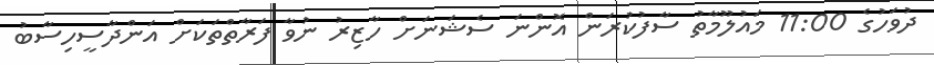
ދުވަހުގެ 11:00 މައުލޫމާތު ސާފުކުރަން އޮންނަ ސެޝަނަށް ހާޒިރު ނުވާ ފަރާތްތަކަށް އަންދާސީހިސާބު